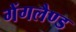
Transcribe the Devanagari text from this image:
गेंगलैण्ड